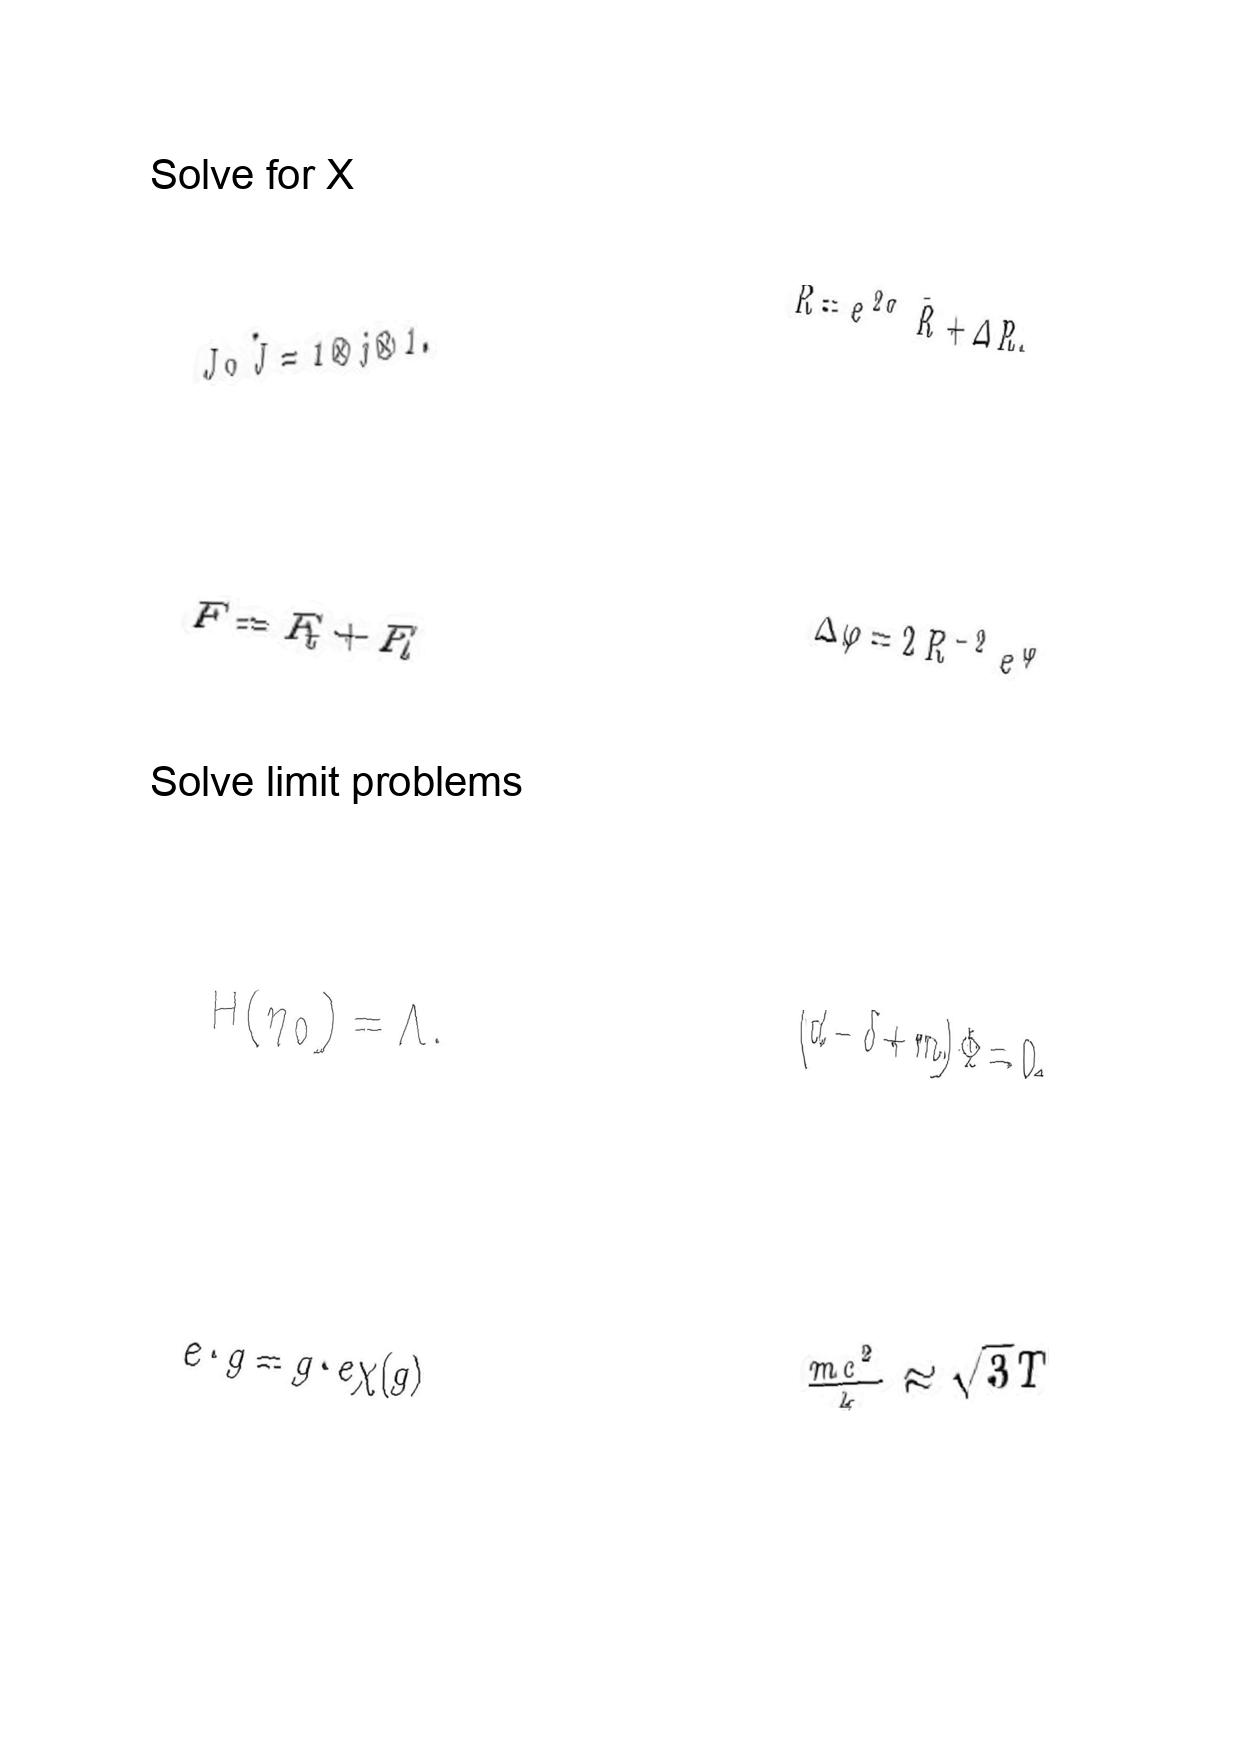
LaTeX transcription:
J \circ \tilde { J } = 1 \otimes j \otimes 1 .
F = F _ { t } + F _ { l }
H \lparen \eta _ { 0 } \rparen = \Lambda .
e \cdot g = g \cdot e \chi \lparen g \rparen
R = e ^ { 2 \sigma } \bar { R } + \Delta R ,
\Delta \varphi = 2 R ^ { - 2 } e ^ { \varphi }
\lparen d - \delta + m \rparen \Phi = 0 ,
\frac { m c ^ { 2 } } { k } \approx \sqrt { 3 } T